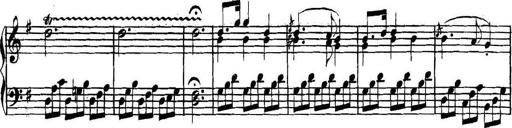
Title: Collected Piano Sonatas
Composer: Muzio Clementi